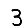
Digit: 3